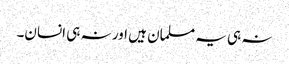
نہ ہی یہ مسلمان ہیں اور نہ ہی انسان۔